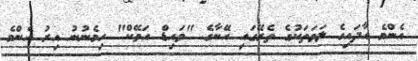
އެންމެ އާދައިގެ ލަވަތަކުގެ ތެރޭގައި އޭނާގެ "ވައިޑް އަވޭކް" ހިމެނުނު އިރު އެންމެ